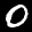
Label: 0